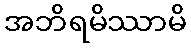
အဘိရမိဿာမိ